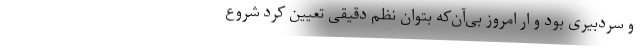
و سردبیری بود و ار امروز بی‌آن‌که بتوان نظم دقیقی تعیین کرد شروع